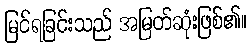
မြင်ရခြင်းသည် အမြတ်ဆုံးဖြစ်၏။